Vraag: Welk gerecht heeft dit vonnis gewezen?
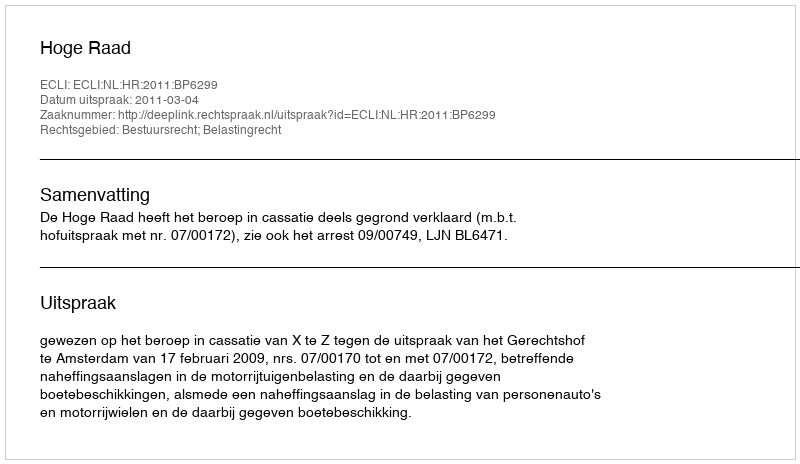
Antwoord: Hoge Raad